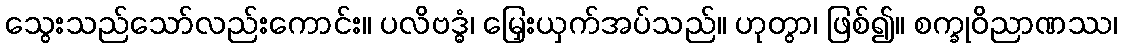
သွေးသည်သော်လည်းကောင်း။ ပလိဗဒ္ဓံ၊ မြှေးယှက်အပ်သည်။ ဟုတွာ၊ ဖြစ်၍။ စက္ခုဝိညာဏဿ၊